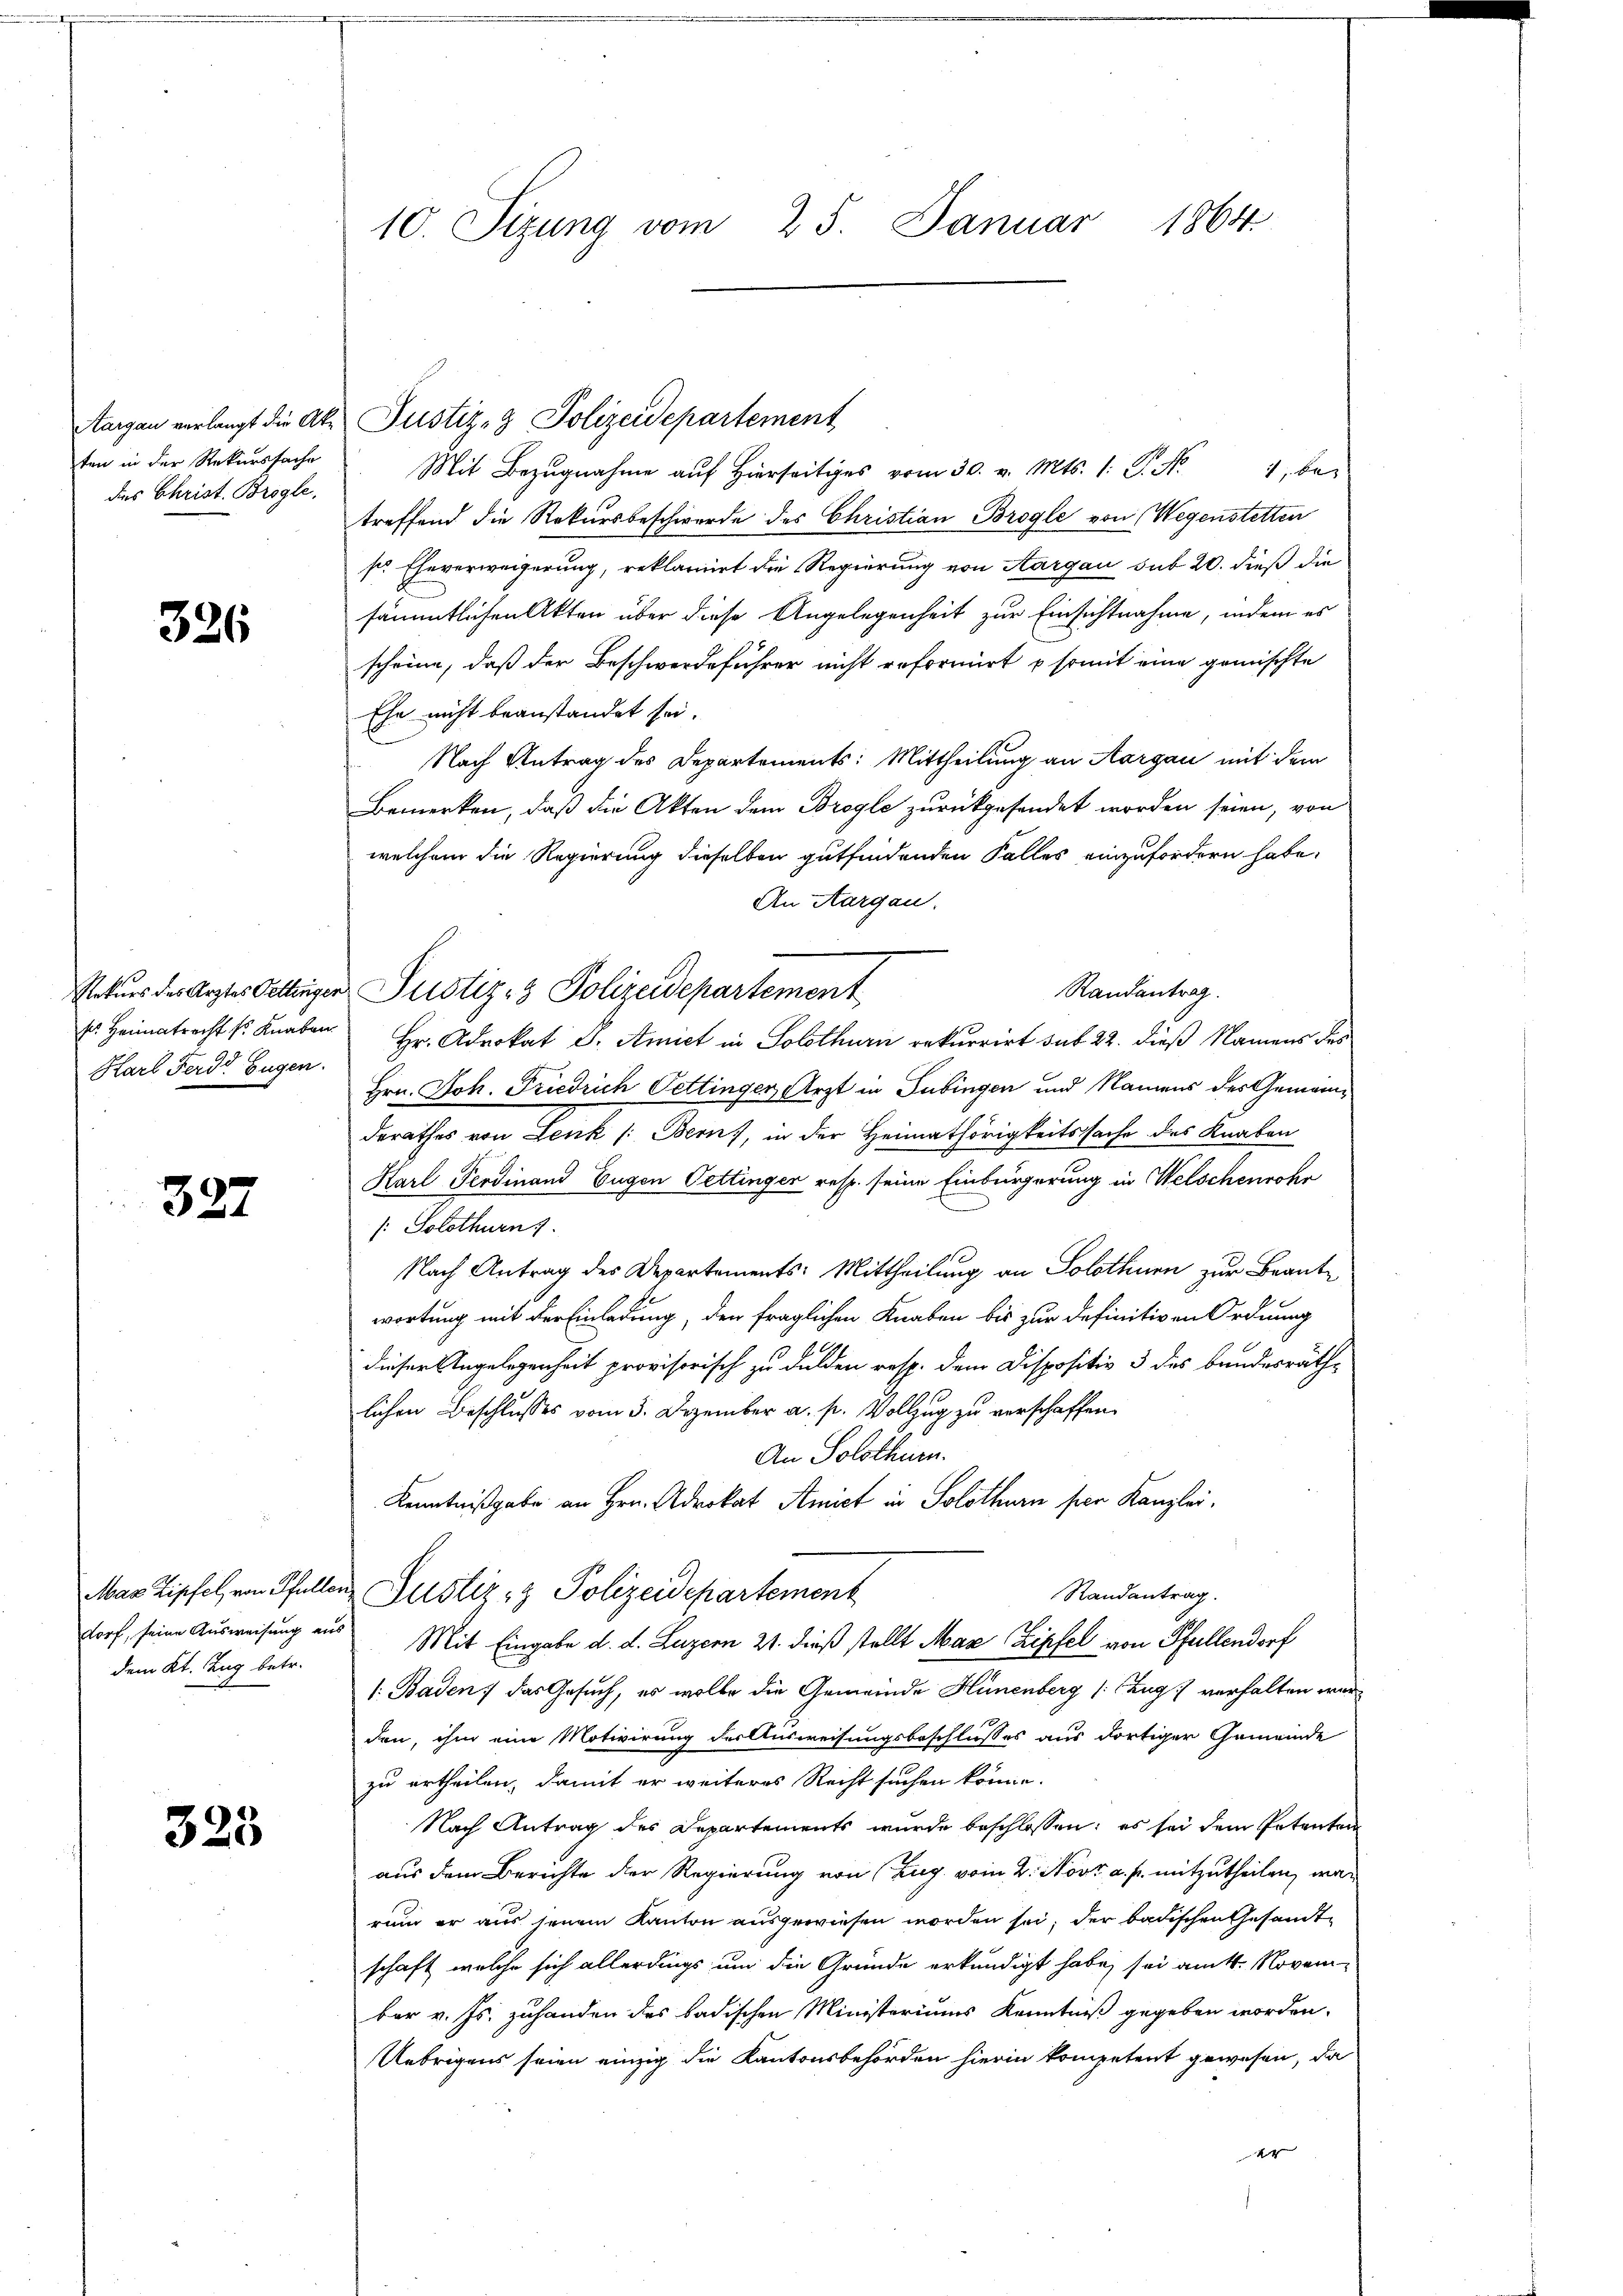
ten in der Rekurssache
des Christ. Brogle.

326

ss Heimatrecht so Knaben.
Harl Ferd: Eugen.

327

dem Kt. Zug betr.

325

10. Sizung vom 25. Januar 1864.

Mit Bezŭgnahme aŭf hiers vom 30. v. Mts. 1. P. Nr. 4, be-
treffend die Rekursbeschwerde des Christian Brogle von Wegenstetten
sr Eheverweigerung, reklamirt die Regierung von Aargau sub 20. dieß die
sämmtlichen Akten über diese Angelegenheit zur Einsichtnahme, indem es
scheine, daß der Beschwerdeführer nicht reformiert & somit eine gemischte
Ehe nicht beanstandet sei.
Nach Antrag des Departements: Mittheilung an Aargau mit dem
Bemerken, daß die Akten dem Brogle zurückgesendet worden seien, von
welchem die Regierung dieselben gutfindenden Falles einzufordern habe.
An Aargau.
Randantrag.
Hr. Advokat d. Amiet in Solothurn rekurrirt sub 22. dieß Namens des
Hrn. Joh. Friedrich Pettingen Arzt in Tübingen und Namens des Gemeinderathes von Lenk /: Bern), in der Heimathörigkeitssache des Knaben
Karl Ferdinand Eugen Vettinger resp. seine Einbürgerung in Welschenrohr
/: Solothurn
Nach Antrag des Departements: Mittheilung an Solothurn zur Beantwortung mit der Einladung, den fraglichen Knaben bis zur definitiven Ordnung
dieser Angelegenheit provisorisch zu dulden resp. dem Dispositiv 3 des bundesräthlichen Beschlusses vom 3. Dezember a. p. Vollzug zu verschaffen.
An Solothurn.
Kenntnißgabe an Hrn. Advokat Amich in Solothurn per Kanzlei.
Mas Zipfel von Pfuller Justiz- & Polizeidepartement
Randantrag.
dorf, seine Ausweisung aus Mit Eingabe d. d. Luzern 21. dieß stellt Max Zipfel von Pfullendorf
1. Baden, das Gesuch, es wolle die Gemeinde Hünenberg (Zug verhalten war
den, ihm eine Motivirung der Ausweisungsbeschlusses aus dortiger Gemeinde
zu ertheilen, damit er weiteres Recht suchen könne.
Nach Antrag des Departements wurde beschlossen: es sei dem Petenten
aus dem Berichte der Regierung von Zug vom 2. Nov. a. p. mitzutheilen, war
rum er aus jenem Kanton ausgewiesen worden sei, der badischen Gesandtschaft, welche sich allerdings um die Gründe erkundigt habe, sei am 4. November v. Js. zuhanden des badischen Ministeriums Kenntniß gegeben worden.
Uebrigens seien einzig die Kantonsbehörden hierin kompetent gewesen, da
er

Aargau verlangt die Ake Justiz- & Polizeidepartement

Rekurs des Arztes Oettinger Justiz- & Polizeidepartement